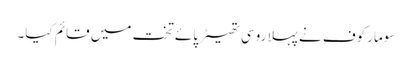
سومارکوف نے پہلا روسی تھیٹر پائے تخت میں قائم کیا۔